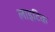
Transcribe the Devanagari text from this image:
लाइटिक